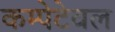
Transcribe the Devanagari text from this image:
कम्पेटेवल